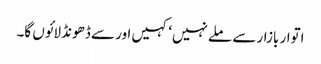
اتوار بازار سے ملے نہیں‘ کہیں اور سے ڈھونڈ لائوں گا۔